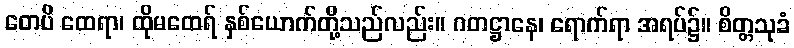
တေပိ ထေရာ၊ ထိုမထေရ် နှစ်ယောက်တို့သည်လည်း။ ဂတဋ္ဌာနေ၊ ရောက်ရာ အရပ်၌။ စိတ္တသုခံ